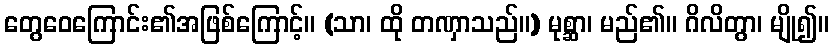
တွေဝေကြောင်း၏အဖြစ်ကြောင့်။ (သာ၊ ထို တဏှာသည်။) မုစ္ဆာ၊ မည်၏။ ဂိလိတွာ၊ မျို၍။